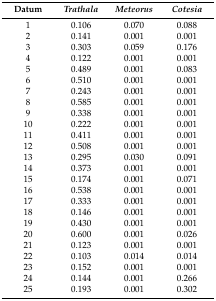
<table><thead><tr><td><b>Datum</b></td><td><b><i>Trathala</i></b></td><td><b><i>Meteorus</i></b></td><td><b><i>Cotesia</i></b></td></tr></thead><tbody><tr><td>1</td><td>0.106</td><td>0.070</td><td>0.088</td></tr><tr><td>2</td><td>0.141</td><td>0.001</td><td>0.001</td></tr><tr><td>3</td><td>0.303</td><td>0.059</td><td>0.176</td></tr><tr><td>4</td><td>0.122</td><td>0.001</td><td>0.001</td></tr><tr><td>5</td><td>0.489</td><td>0.001</td><td>0.083</td></tr><tr><td>6</td><td>0.510</td><td>0.001</td><td>0.001</td></tr><tr><td>7</td><td>0.243</td><td>0.001</td><td>0.001</td></tr><tr><td>8</td><td>0.585</td><td>0.001</td><td>0.001</td></tr><tr><td>9</td><td>0.338</td><td>0.001</td><td>0.001</td></tr><tr><td>10</td><td>0.222</td><td>0.001</td><td>0.001</td></tr><tr><td>11</td><td>0.411</td><td>0.001</td><td>0.001</td></tr><tr><td>12</td><td>0.508</td><td>0.001</td><td>0.001</td></tr><tr><td>13</td><td>0.295</td><td>0.030</td><td>0.091</td></tr><tr><td>14</td><td>0.373</td><td>0.001</td><td>0.001</td></tr><tr><td>15</td><td>0.174</td><td>0.001</td><td>0.071</td></tr><tr><td>16</td><td>0.538</td><td>0.001</td><td>0.001</td></tr><tr><td>17</td><td>0.333</td><td>0.001</td><td>0.001</td></tr><tr><td>18</td><td>0.146</td><td>0.001</td><td>0.001</td></tr><tr><td>19</td><td>0.430</td><td>0.001</td><td>0.001</td></tr><tr><td>20</td><td>0.600</td><td>0.001</td><td>0.026</td></tr><tr><td>21</td><td>0.123</td><td>0.001</td><td>0.001</td></tr><tr><td>22</td><td>0.103</td><td>0.014</td><td>0.014</td></tr><tr><td>23</td><td>0.152</td><td>0.001</td><td>0.001</td></tr><tr><td>24</td><td>0.144</td><td>0.001</td><td>0.266</td></tr><tr><td>25</td><td>0.193</td><td>0.001</td><td>0.302</td></tr></tbody></table>